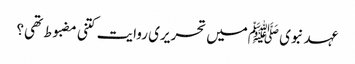
عہد نبوی ﷺمیں تحریری روایت کتنی مضبوط تھی؟